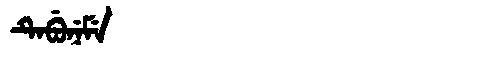
Manchu: ᡨᡝᠪᡠᠨᡝᠮᡝ
Romanization: TEBUNEME